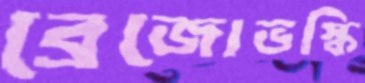
ব্রেজোভস্কি